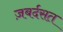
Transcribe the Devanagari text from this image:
ज़बर्दसत